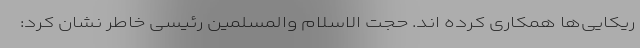
ریکایی‌ها همکاری کرده اند. حجت الاسلام والمسلمین رئیسی خاطر نشان کرد: